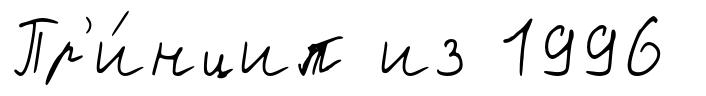
Пр'и́нцип из 1996